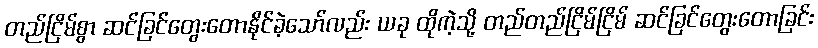
တည်ငြိမ်စွာ ဆင်ခြင်တွေးတောနိုင်ခဲ့သော်လည်း ယခု ထိုကဲ့သို့ တည်တည်ငြိမ်ငြိမ် ဆင်ခြင်တွေးတောခြင်း